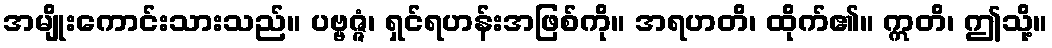
အမျိုးကောင်းသားသည်။ ပဗ္ဗဇ္ဇံ၊ ရှင်ရဟန်းအဖြစ်ကို။ အရဟတိ၊ ထိုက်၏။ ဣတိ၊ ဤသို့။